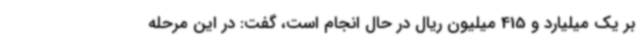
بر یک میلیارد و 415 میلیون ریال در حال انجام است، گفت: در این مرحله